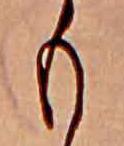
も